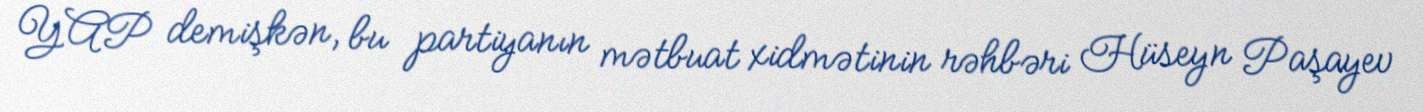
YAP demişkən, bu partiyanın mətbuat xidmətinin rəhbəri Hüseyn Paşayev